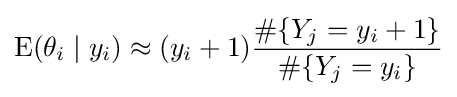
\operatorname {E} (\theta _{i}\mid y_{i})\approx (y_{i}+1){{\#\{Y_{j}=y_{i}+1\}} \over {\#\{Y_{j}=y_{i}\}}}